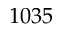
1 0 3 5